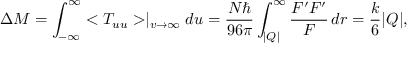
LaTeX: \Delta M = \int _ { - \infty } ^ { \infty } < T _ { u u } > \mid _ { v \rightarrow \infty } d u = \frac { N \hbar } { 9 6 \pi } \int _ { | Q | } ^ { \infty } \frac { F ^ { \prime } F ^ { \prime } } { F } \, d r = \frac { k } { 6 } | Q | ,